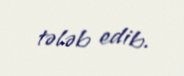
tələb edib.